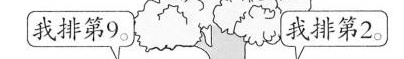
我排第9。 我排第2。